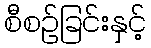
စီစဉ်ခြင်းနှင့်